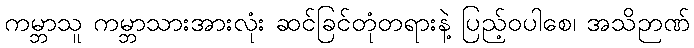
ကမ္ဘာသူ ကမ္ဘာသားအားလုံး ဆင်ခြင်တုံတရားနဲ့ ပြည့်ဝပါစေ၊ အသိဉာဏ်